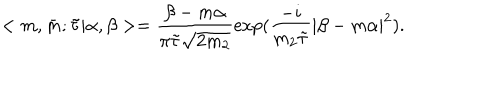
< m , \bar { m } ; \tilde { \tau } | \alpha , \beta > = \frac { \beta - m \alpha } { \pi \tilde { \tau } \sqrt { 2 m _ { 2 } } } \exp ( \frac { - i } { m _ { 2 } \tilde { \tau } } | \beta - m \alpha | ^ { 2 } ) .